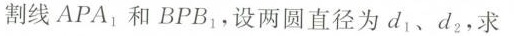
割线APA_{1}，和BPB_{1}，设两圆直径为d_{1}、d_{2}，求